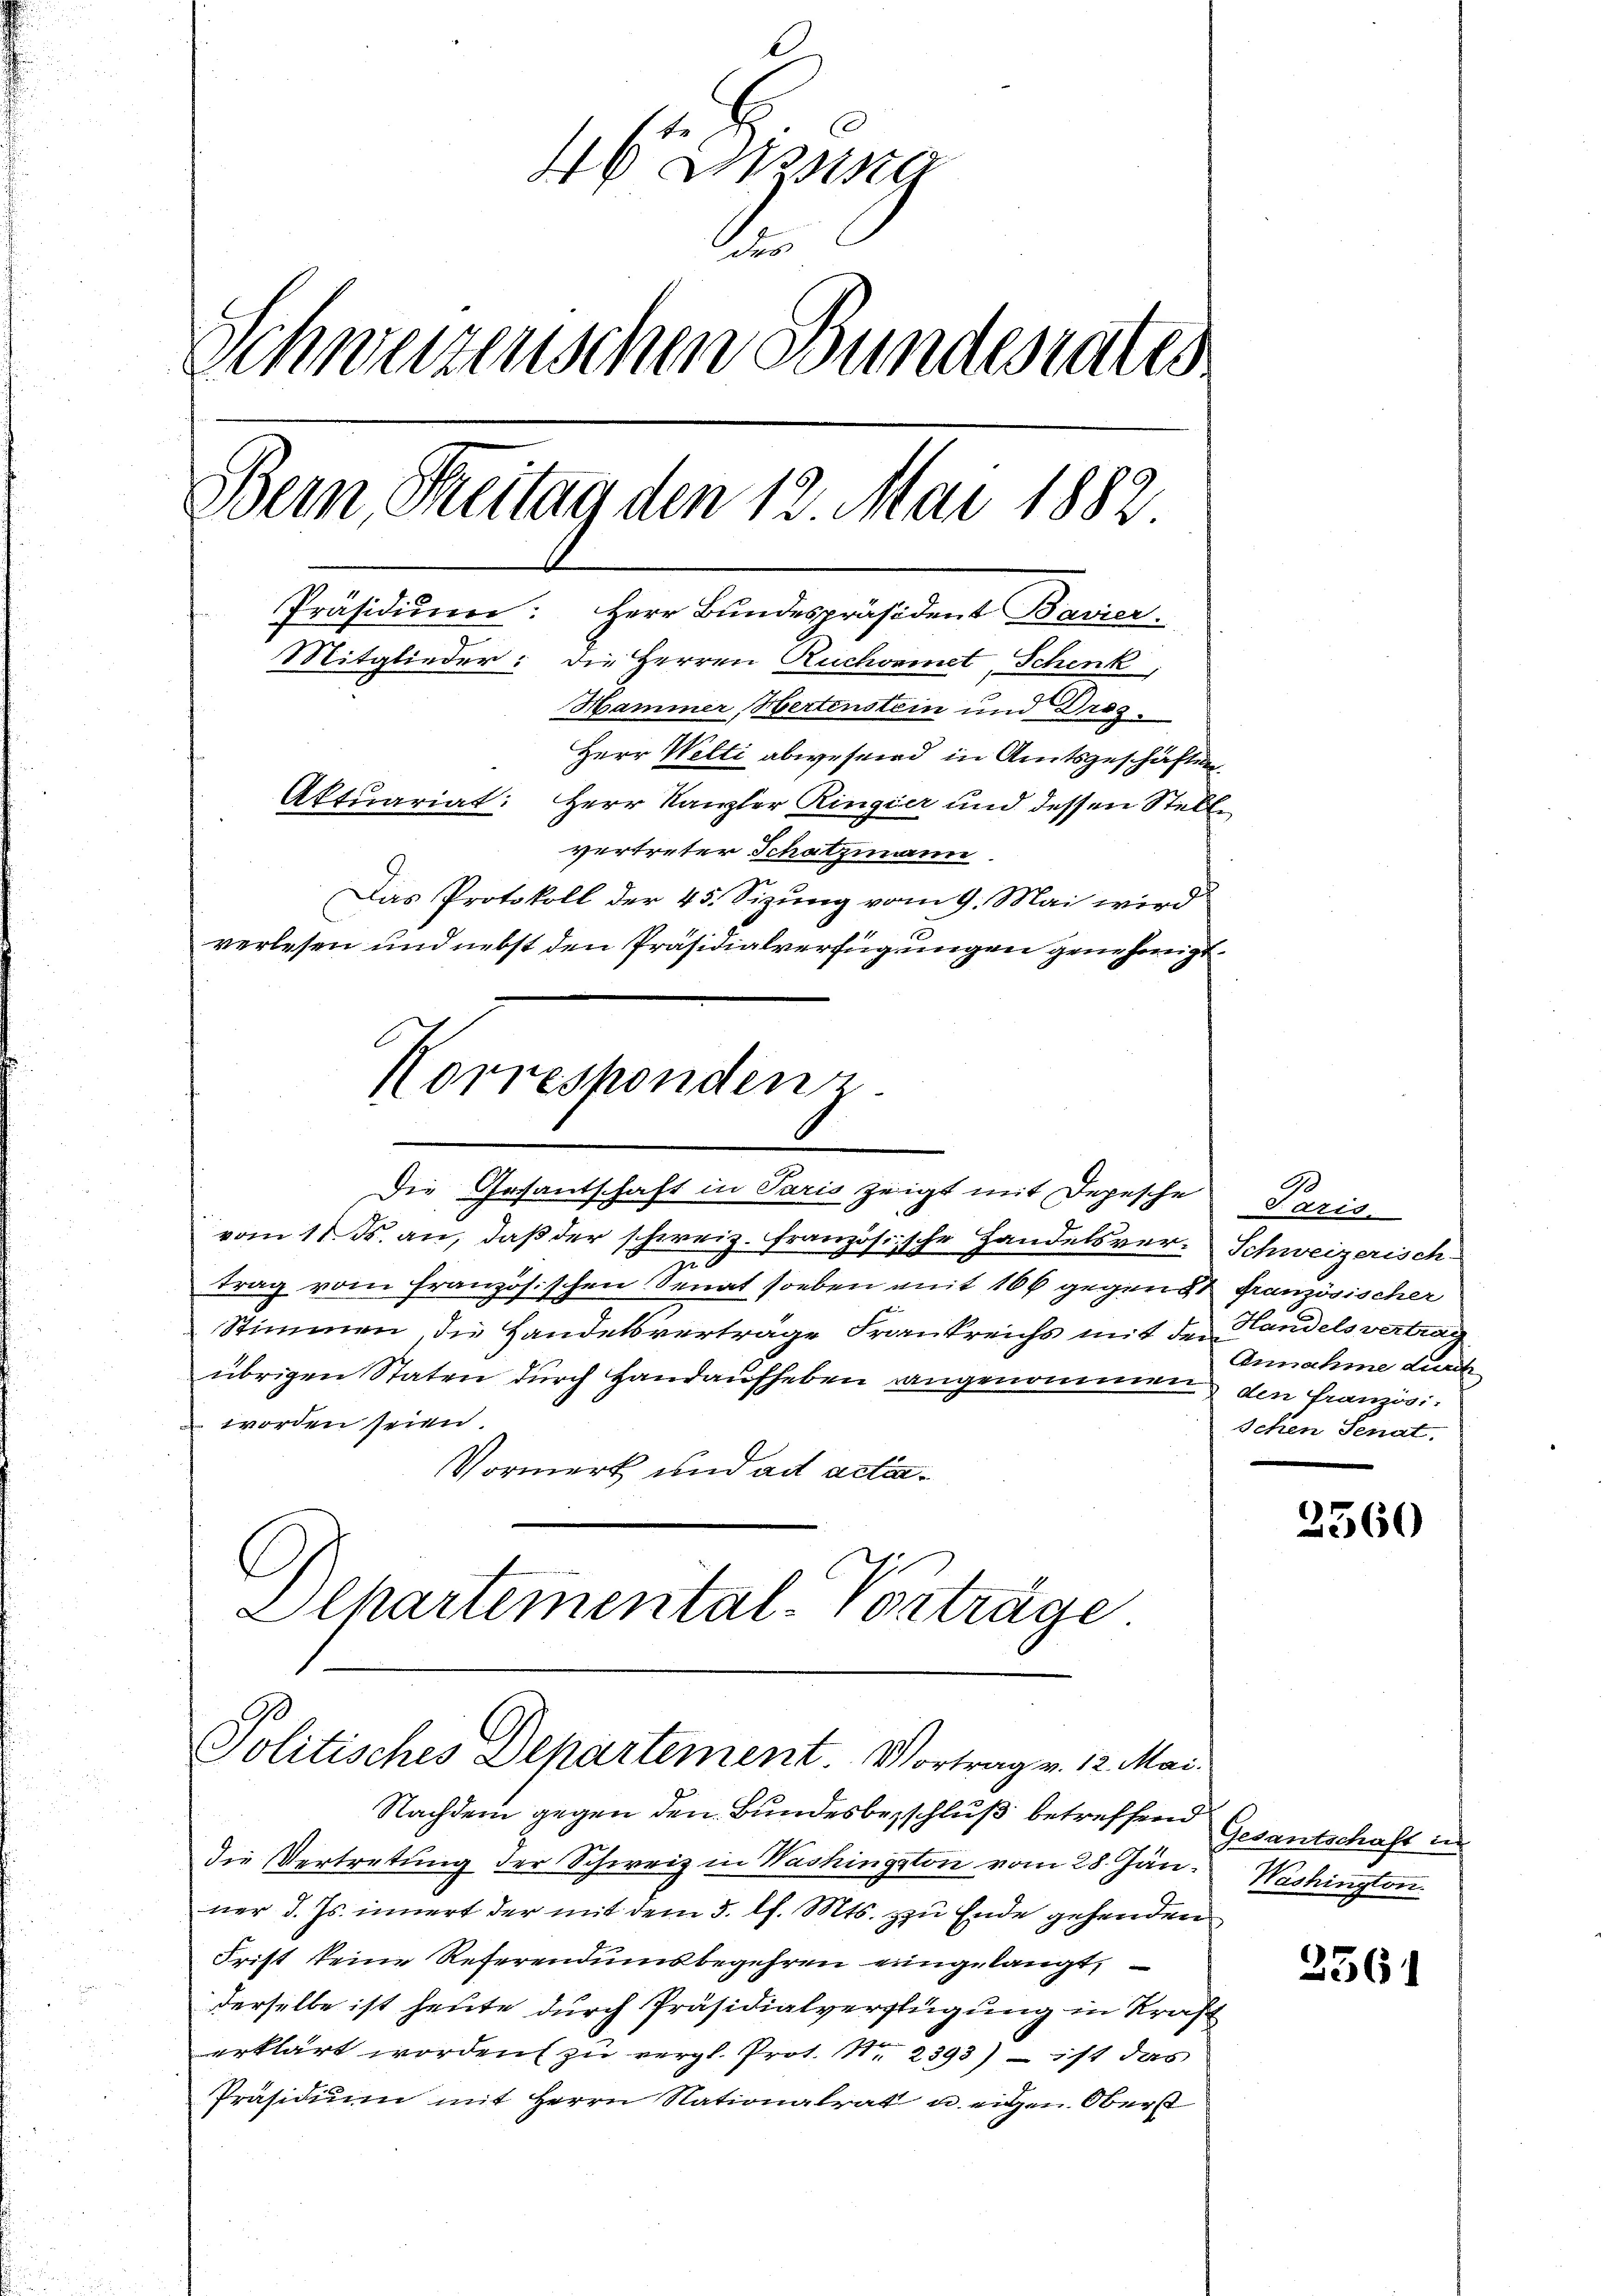
zna
Schweizerischen Bundesrates
Bern Streitag den 12 Mai 1882
Präsidium: Herr Bundespräsident Bavier.
Mitglieder: die Herren Ruchornet, Schenk,
Hammer, Hertenstein und Droz.
Herr Welti abwesend in Amtsgeschäftung
Aktuariat: Herr Kanzler Ringier und dessen Stelle
vertreter Schatzmann
Das Protokoll der 45. Sizung vom 9. Mai wird
verlesen und nebst den Präsidialverfügungen genehmigt.

Norrespondenz.
Die Gesantschaft in Paris zeigt mit Depesche Paris

vom 11. Js. an, daß der schweiz. französische Handelsver- Schweizerisch
n
trag vom französischen Senat soeben mit 166 gegen 8 Französischer
Stimmen die Handelsverträge Frankreichs mit der Pandelsvertraübrigen Staten durch Hand aufheben rangenommen den französi¬
 worden seien.
Vormerk und ad actan¬
Alhartemental-Vorträge.

Politisches Departement. Vortrag v. 12. Mai

Nachdem gegen den Bundesbeschluß betreffend Gesantschaft in
Die Vertretung der Schweiz in Washington vom 28. Jän
ner d. Js. innert der mit dem 5. l. Mts. zu Ende gehenden
Frist keine Referendumsbegehren eingelangt,
derselbe ist heute durch Präsidialverfügung in Kräft
erklärt worden zu vergl. Prot. Nr. 2393) – ist das
Präsidium mit Herrn Nationalrat u. eigen Oberst

90.
Annahme durch
Ichen Senat,

2360

Washington

2361